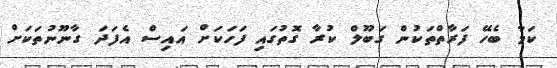
ކަމާ ބެހޭ ފަރާތްތަކުން ގަބޫލް ކުރާ ގޮތުގައި ފަހަކަށް އައިސް އެފަދަ ގާނޫނުތަކަށް